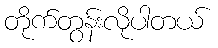
တိုက်တွန်းလိုပါတယ်